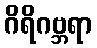
ဂိရိဂဗ္ဘရာ